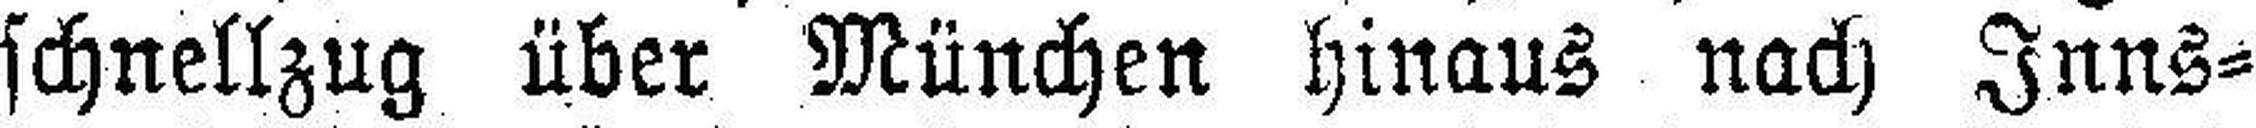
schnellzug über München hinaus nach Inns¬